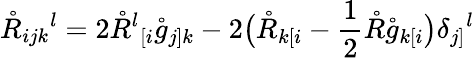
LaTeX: \mathring{R}_{ijk}{}^{l}=2\mathring{R}^{l}{}_{[i}\mathring{g}_{j]k}-2\big(\mathring{R}_{k[i}-\frac 12\mathring{R}\mathring{g}_{k[i}\big)\delta_{j]}{}^{l}